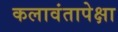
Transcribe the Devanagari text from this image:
कलावंतापेक्षा